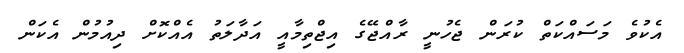
އެކުވެ މަސައްކަތް ކުރަން ޖެހުނީ ރާއްޖޭގެ އިޖްތިމާއީ އަދާލަތު އެއްކޮށް ދިއުމުން އެކަން